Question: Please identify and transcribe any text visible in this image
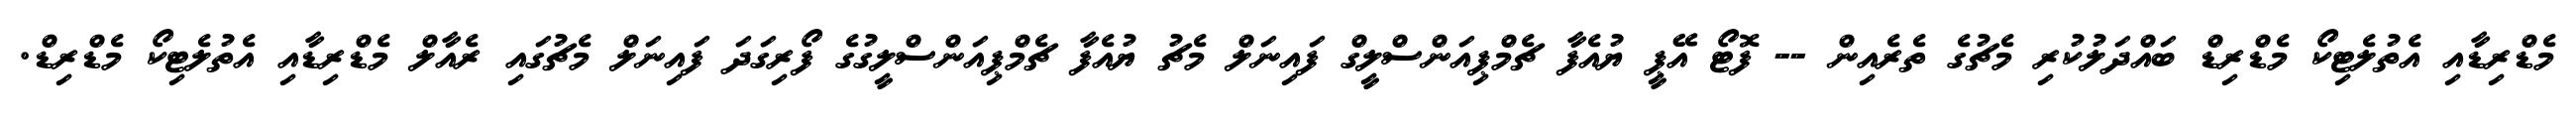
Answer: މެޑްރިޑާއި އެތުލެޓިކޯ މެޑްރިޑް ބައްދަލުކުރި މެޗުގެ ތެރެއިން -- ފޮޓޯ އޭޕީ ޔުއެފާ ޗެމްޕިއަންސްލީގް ފައިނަލް މެޗު ޔުއެފާ ޗެމްޕިއަންސްލީގުގެ ފޯރިގަދަ ފައިނަލް މެޗުގައި ރެއާލް މެޑްރިޑާއި އެތުލެޓިކޯ މެޑްރިޑް.